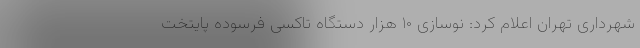
شهرداری تهران اعلام کرد: نوسازی ۱۰ هزار دستگاه تاکسی فرسوده پایتخت